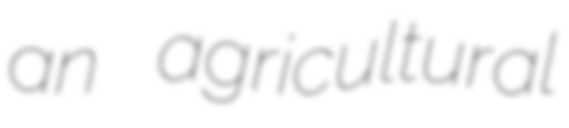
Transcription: an agricultural